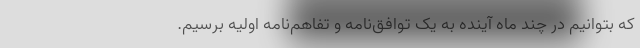
که بتوانیم در چند ماه آینده به یک توافق‌نامه و تفاهم‌نامه اولیه برسیم.